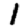
Digit: 1